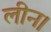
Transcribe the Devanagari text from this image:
लीन।